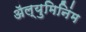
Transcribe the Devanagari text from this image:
ॲल्युमिनिंम